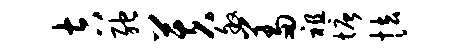
吉弛芙叙羞祖塘怯